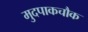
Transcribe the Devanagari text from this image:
मुदपाकचौक